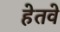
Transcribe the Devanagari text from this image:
हेतवे